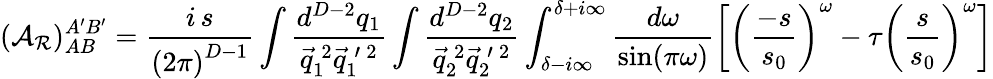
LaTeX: ({\cal A}_{\cal R})_{AB}^{A^{\prime}B^{\prime}}=\frac{i\, s}{\left(2\pi\right)^{D-1}}\int\frac{d^{D-2}q_{1}}{\vec{q}_{1}^{\: 2}\vec{q}_{1}^{\: \prime\: 2}}\int\frac{d^{D-2}q_{2}}{\vec{q}_{2}^{\: 2}\vec{q}_{2}^{\: \prime\: 2}}\int_{\delta-i\infty}^{\delta+i\infty}\frac{d\omega}{\mathrm{sin}(\pi\omega)}\left[\left(\frac{-s}{s_{0}}\right)^{\omega}-\tau\left(\frac{s}{s_{0}}\right)^{\omega}\right]